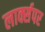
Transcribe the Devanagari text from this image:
लार्क्सपर